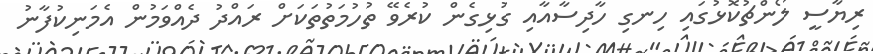
ރިޔާސީ ލޯންޗުކޮޅުގައި ހިނގި ހާދިސާއާއި ގުޅިގެން ކުރެވޭ ތުހުމަތުތަކަށް ރައްދު ދެއްވަމުން އެމަނިކުފާނު